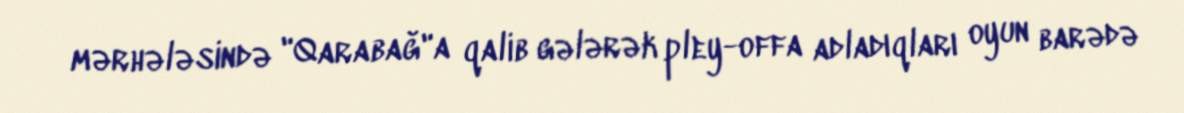
mərhələsində "Qarabağ"a qalib gələrək pley-offa adladıqları oyun barədə